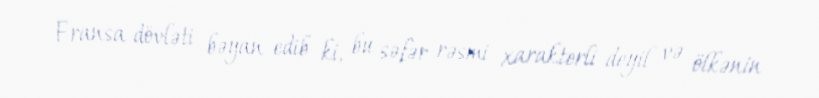
Fransa dövləti bəyan edib ki, bu səfər rəsmi xarakterli deyil və ölkənin